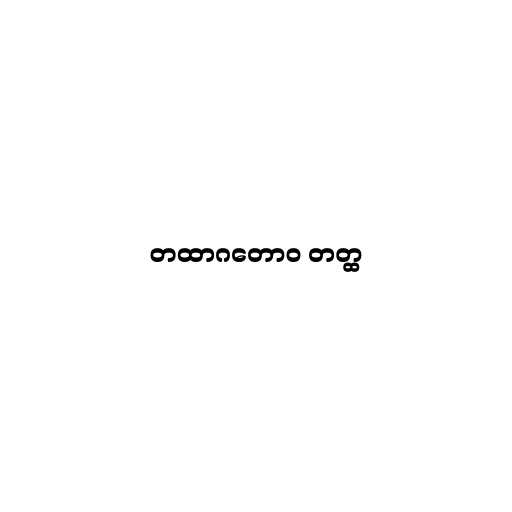
တထာဂတောဝ တတ္ထ